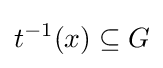
t^{-1}(x)\subseteq G